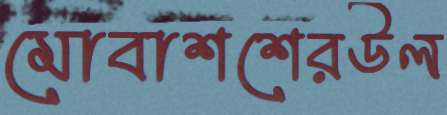
মোবাশশেরউল